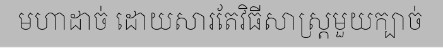
មហាដាច់ ដោយសារតែវិធីសាស្ត្រមួយក្បាច់